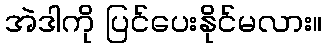
အဲဒါကို ပြင်ပေးနိုင်မလား။